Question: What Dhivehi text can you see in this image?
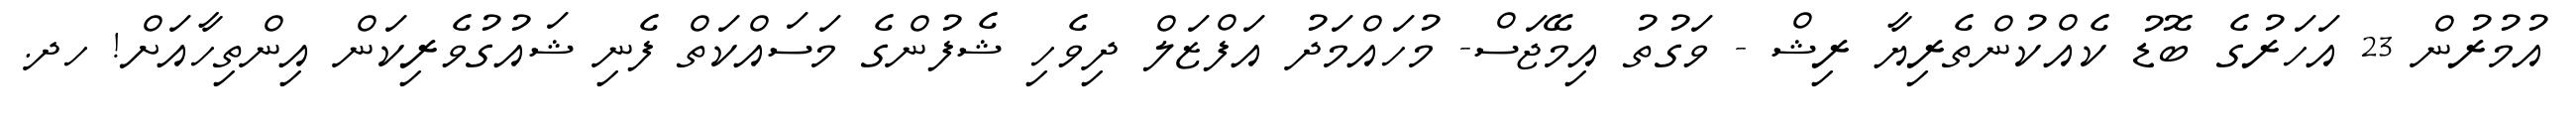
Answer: އުމުރުން 23 އަހަރުގެ ބޮޑު ކެއްކުންތެރިޔާ ރިޝް - ވަގުތު އިމޭޖަސް- މުހައްމަދު އަފްޒަލް ދިވެހި ޝެފުންގެ މަސައްކަތް ފެނި ޝައުގުވެރިކަން އިންތިހާއަށް! ހދ.